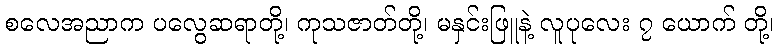
စလေအညာက ပလွေဆရာတို့၊ ကုသဇာတ်တို့၊ မနှင်းဖြူနဲ့ လူပုလေး ၇ ယောက် တို့၊